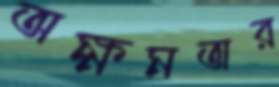
অক্ষমতার